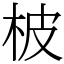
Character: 柀